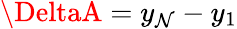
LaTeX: \DeltaA=y_{\mathcal{N}}-y_{1}